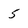
Character: 5